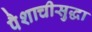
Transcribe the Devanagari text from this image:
पैशाचीसुद्धा